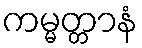
ကမ္မတ္တာနံ